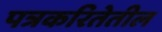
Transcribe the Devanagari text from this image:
पत्रकरितेतील